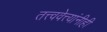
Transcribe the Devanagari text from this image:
तत्त्ववेत्त्यांनीही